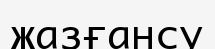
жазғансу